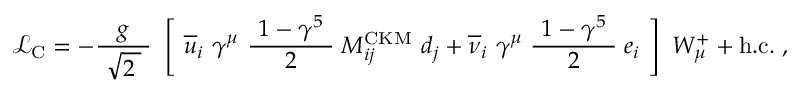
{ \mathcal { L } } _ { \mathrm { C } } = - { \frac { g } { \ { \sqrt { 2 \; } } \ } } \ \left[ \ { \overline { { u } } } _ { i } \ \gamma ^ { \mu } \ { \frac { \ 1 - \gamma ^ { 5 } \ } { 2 } } \; M _ { i j } ^ { \mathrm { C K M } } \ d _ { j } + { \overline { { \nu } } } _ { i } \ \gamma ^ { \mu } \; { \frac { \ 1 - \gamma ^ { 5 } \ } { 2 } } \; e _ { i } \ \right] \ W _ { \mu } ^ { + } + \mathrm { h . c . } ~ ,